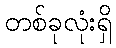
တစ်ခုလုံးရှိ